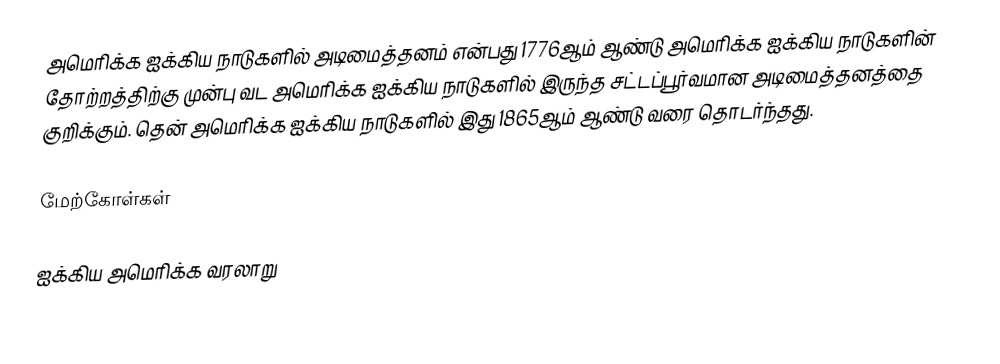
அமெரிக்க ஐக்கிய நாடுகளில் அடிமைத்தனம் என்பது 1776ஆம் ஆண்டு அமெரிக்க ஐக்கிய நாடுகளின் தோற்றத்திற்கு முன்பு வட அமெரிக்க ஐக்கிய நாடுகளில் இருந்த சட்டப்பூர்வமான அடிமைத்தனத்தை குறிக்கும். தென் அமெரிக்க ஐக்கிய நாடுகளில் இது 1865ஆம் ஆண்டு வரை தொடர்ந்தது.

மேற்கோள்கள்

ஐக்கிய அமெரிக்க வரலாறு